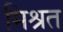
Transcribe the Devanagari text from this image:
मिश्रत